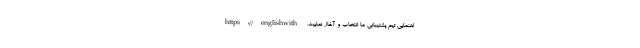
اهنمایی تیم پشتیبانی ما انتخاب و آغاز نمایید. https://englishwith